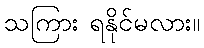
သကြား ရနိုင်မလား။